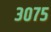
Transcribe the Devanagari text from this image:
३०७५